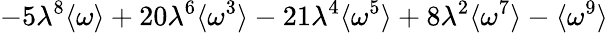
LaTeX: -5\lambda^{8}\langle\omega\rangle+20\lambda^{6}\langle\omega^{3}\rangle-21\lambda^{4}\langle\omega^{5}\rangle+8\lambda^{2}\langle\omega^{7}\rangle-\langle\omega^{9}\rangle